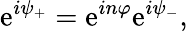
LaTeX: \mathrm{e}^{i\psi_{+}}=\mathrm{e}^{in\varphi}\mathrm{e}^{i\psi_{-}},